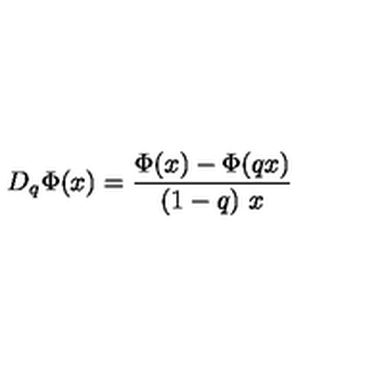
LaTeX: D _ { q } \Phi ( x ) = \frac { \Phi ( x ) - \Phi ( q x ) } { ( 1 - q ) \ x }